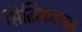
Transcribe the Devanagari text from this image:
सिद्धिकारक